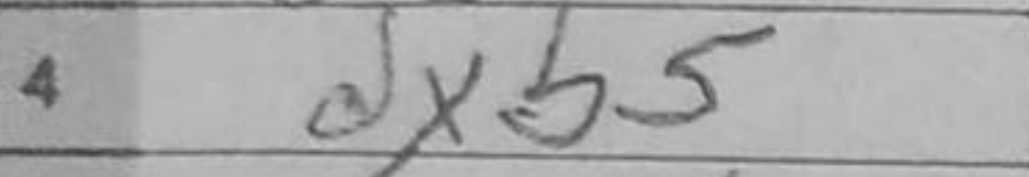
Transcription: dxb5